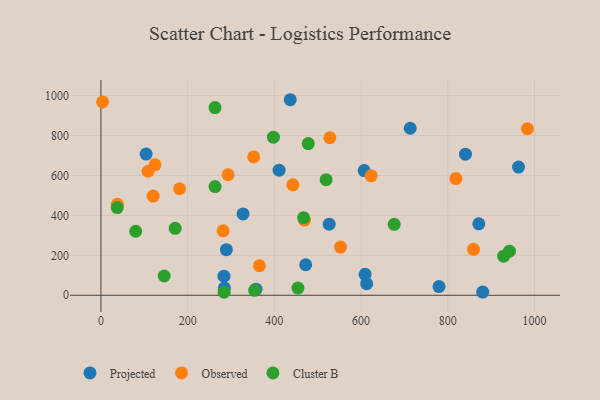
{"axis": {"x": "Distance", "y": "Demand"}, "legend": ["Cluster B", "Observed", "Projected"], "data": [{"x": "283.7", "y": 95.5, "type": "Projected"}, {"x": "284.7", "y": 37.0, "type": "Projected"}, {"x": "840.7", "y": 706.5, "type": "Projected"}, {"x": "436.6", "y": 978.9, "type": "Projected"}, {"x": "963.1", "y": 641.9, "type": "Projected"}, {"x": "472.2", "y": 152.8, "type": "Projected"}, {"x": "289.3", "y": 228.2, "type": "Projected"}, {"x": "607.1", "y": 624.2, "type": "Projected"}, {"x": "612.9", "y": 58.1, "type": "Projected"}, {"x": "526.4", "y": 356.1, "type": "Projected"}, {"x": "410.9", "y": 626.4, "type": "Projected"}, {"x": "880.5", "y": 15.8, "type": "Projected"}, {"x": "357.6", "y": 30.3, "type": "Projected"}, {"x": "327.8", "y": 407.3, "type": "Projected"}, {"x": "871.5", "y": 357.7, "type": "Projected"}, {"x": "713.3", "y": 836.0, "type": "Projected"}, {"x": "779.7", "y": 43.4, "type": "Projected"}, {"x": "104.2", "y": 706.6, "type": "Projected"}, {"x": "609.3", "y": 104.8, "type": "Projected"}, {"x": "181.3", "y": 533.3, "type": "Observed"}, {"x": "281.9", "y": 322.5, "type": "Observed"}, {"x": "37.9", "y": 455.3, "type": "Observed"}, {"x": "818.6", "y": 584.0, "type": "Observed"}, {"x": "124.6", "y": 652.9, "type": "Observed"}, {"x": "983.5", "y": 833.9, "type": "Observed"}, {"x": "442.7", "y": 553.0, "type": "Observed"}, {"x": "120.4", "y": 496.5, "type": "Observed"}, {"x": "859.3", "y": 229.8, "type": "Observed"}, {"x": "293.3", "y": 603.4, "type": "Observed"}, {"x": "108.8", "y": 620.8, "type": "Observed"}, {"x": "552.6", "y": 241.3, "type": "Observed"}, {"x": "3.9", "y": 967.7, "type": "Observed"}, {"x": "527.9", "y": 788.5, "type": "Observed"}, {"x": "623.3", "y": 598.8, "type": "Observed"}, {"x": "352.4", "y": 692.4, "type": "Observed"}, {"x": "365.4", "y": 148.1, "type": "Observed"}, {"x": "469.5", "y": 376.4, "type": "Observed"}, {"x": "467.5", "y": 387.8, "type": "Cluster B"}, {"x": "928.7", "y": 195.7, "type": "Cluster B"}, {"x": "37.6", "y": 439.2, "type": "Cluster B"}, {"x": "354.6", "y": 25.0, "type": "Cluster B"}, {"x": "171.3", "y": 335.1, "type": "Cluster B"}, {"x": "263.1", "y": 939.8, "type": "Cluster B"}, {"x": "263.2", "y": 543.9, "type": "Cluster B"}, {"x": "942.2", "y": 220.9, "type": "Cluster B"}, {"x": "519.3", "y": 578.5, "type": "Cluster B"}, {"x": "145.9", "y": 96.4, "type": "Cluster B"}, {"x": "676.4", "y": 355.3, "type": "Cluster B"}, {"x": "80.2", "y": 320.5, "type": "Cluster B"}, {"x": "454.3", "y": 36.1, "type": "Cluster B"}, {"x": "478.1", "y": 759.3, "type": "Cluster B"}, {"x": "284.1", "y": 15.0, "type": "Cluster B"}, {"x": "397.9", "y": 791.5, "type": "Cluster B"}]}